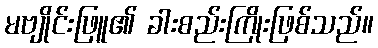
မဗျိုင်းဖြူ၏ ခါးစည်းကြိုးဖြစ်သည်။